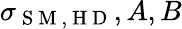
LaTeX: \sigma_{\mathrm{~S~M~,~H~D~}},A,B